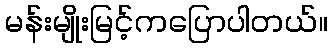
မန်းမျိုးမြင့်ကပြောပါတယ်။